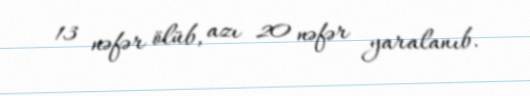
13 nəfər ölüb, azı 20 nəfər yaralanıb.